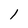
Character: 1